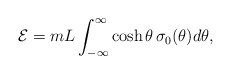
\begin{align*}{\cal E} =m L \int_{-\infty}^{\infty} \cosh\theta \, \sigma_{0} ( \theta) d \theta , \end{align*}